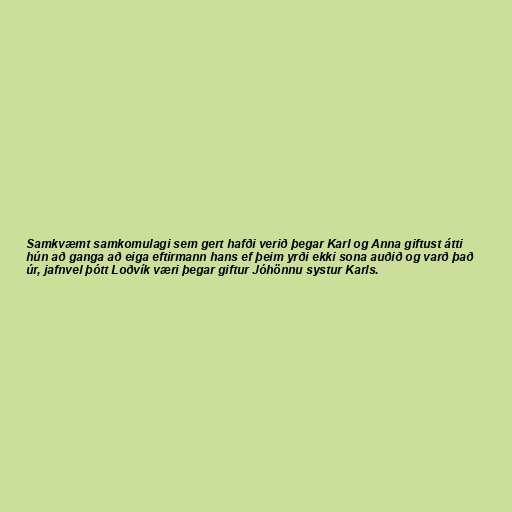
Samkvæmt samkomulagi sem gert hafði verið þegar Karl og Anna giftust átti
hún að ganga að eiga eftirmann hans ef þeim yrði ekki sona auðið og varð það
úr, jafnvel þótt Loðvík væri þegar giftur Jóhönnu systur Karls.